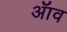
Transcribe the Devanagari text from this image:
ॲाव